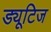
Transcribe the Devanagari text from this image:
ड्यूटिज